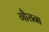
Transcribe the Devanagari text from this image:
गौराना